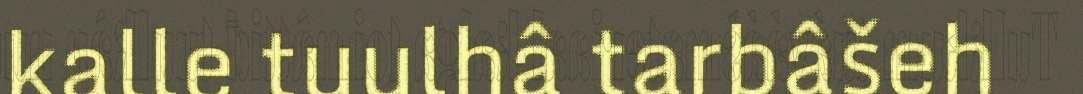
kalle tuulhâ tarbâšeh